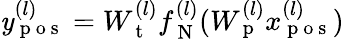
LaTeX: \mathit y_{\mathrm{~p~o~s~}}^{(l)}=W_{\mathrm{~t~}}^{(l)}f_{\mathrm{~N~}}^{(l)}(W_{\mathrm{~p~}}^{(l)}x_{\mathrm{~p~o~s~}}^{(l)})